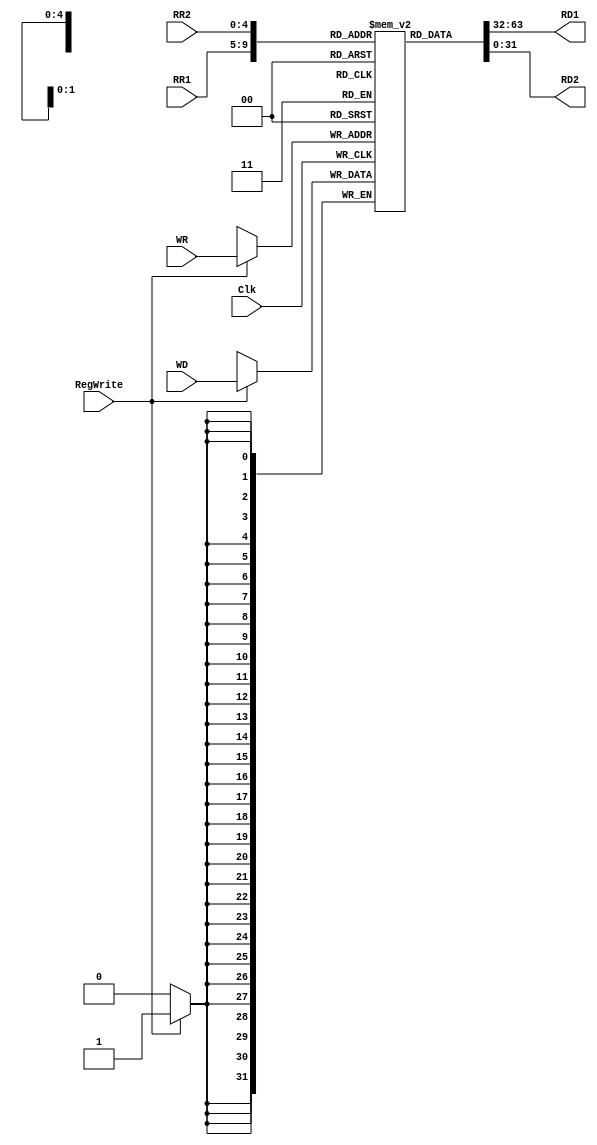
module RegFile(Clk, RegWrite, WR, WD, RR1, RD1, RR2, RD2);
	input Clk,  RegWrite;
	input [4:0] WR;
	input [31:0] WD;
	input [4:0] RR1;
	output [31:0] RD1;
	input [4:0] RR2;
	output [31:0] RD2;
	reg [31:0] file [31:0];

	assign RD1 = file[RR1];
	assign RD2 = file[RR2];

	always @(posedge Clk) 
	begin
		if (RegWrite) 
			file[WR] <= WD;
	end
endmodule